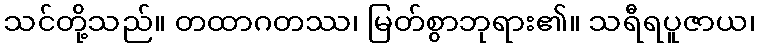
သင်တို့သည်။ တထာဂတဿ၊ မြတ်စွာဘုရား၏။ သရီရပူဇာယ၊